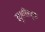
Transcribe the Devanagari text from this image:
ह्यूमरिस्ट्स